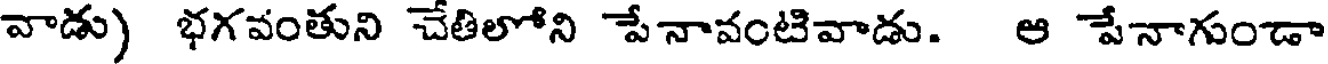
వాడు) భగవంతుని చేతిలోని పేనావంటివాడు. ఆ పేనాగుండా